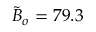
\tilde { B } _ { o } = 7 9 . 3